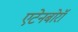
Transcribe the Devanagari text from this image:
एटेनबोरॉ